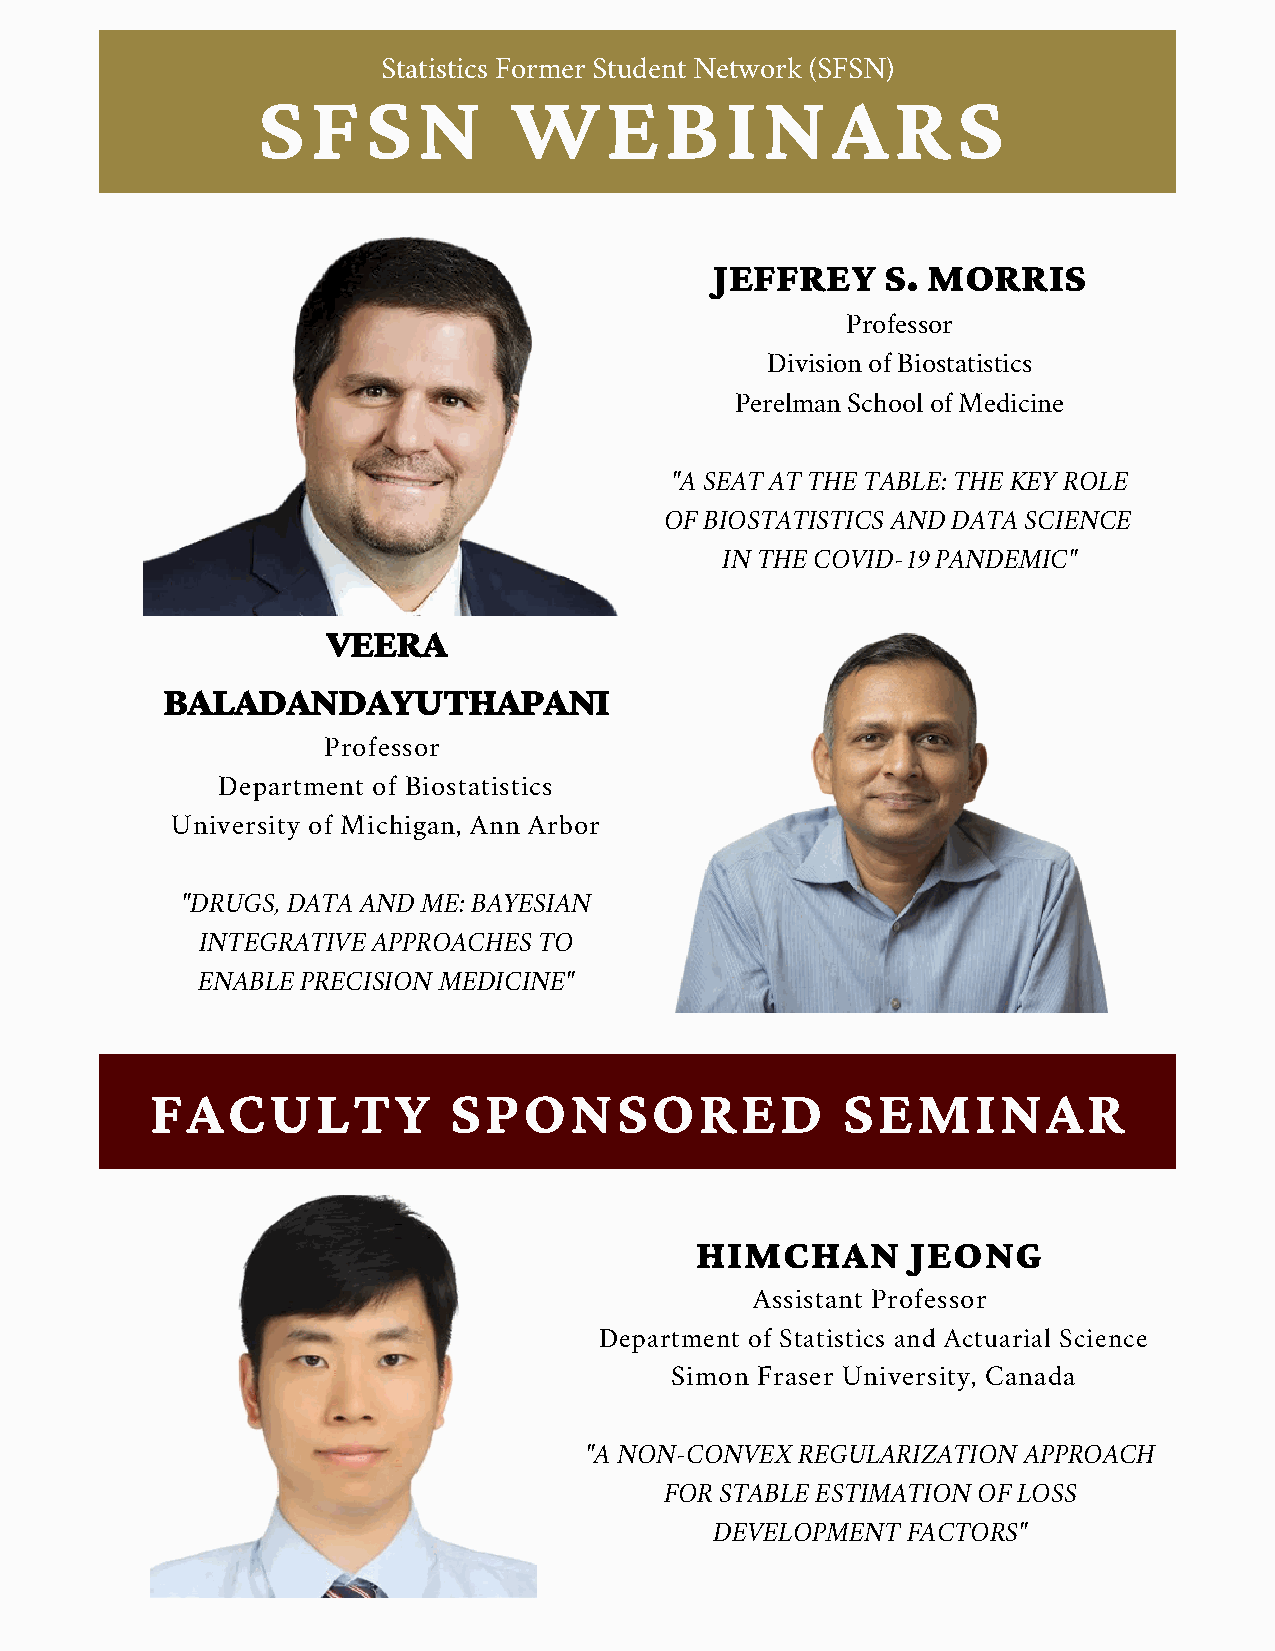
Statistics Former Student Network (SFSN)
 SFSN             WEBINARS
 JEFFREY     S. MORRIS
 Professor
 Division of Biostatistics
 Perelman School of Medicine
 "A SEAT AT THE TABLE: THE KEY ROLE
 OF BIOSTATISTICS AND DATA SCIENCE
 IN THE COVID-19 PANDEMIC"
 VEERA
 BALADANDAYUTHAPANI
 Professor
 Department of Biostatistics
 University of Michigan, Ann Arbor
 "DRUGS, DATA AND ME: BAYESIAN
 INTEGRATIVE APPROACHES TO
 ENABLE PRECISION MEDICINE"
 FACULTY             SPONSORED                 SEMINAR
 HIMCHAN       JEONG
 Assistant Professor
 Department of Statistics and Actuarial Science
 Simon Fraser University, Canada
 "A NON-CONVEX REGULARIZATION APPROACH
 FOR STABLE ESTIMATION OF LOSS
 DEVELOPMENT  FACTORS"